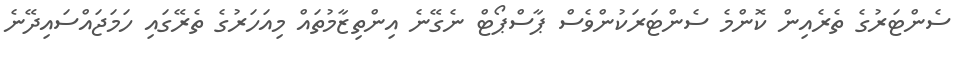
ސެންޓަރުގެ ތެރެއިން ކޮންމެ ސެންޓަރަކުންވެސް ޕާސްޕޯޓް ނެގޭނެ އިންތިޒާމުތައް މިއަހަރުގެ ތެރޭގައި ހަމަޖައްސައިދޭނެ